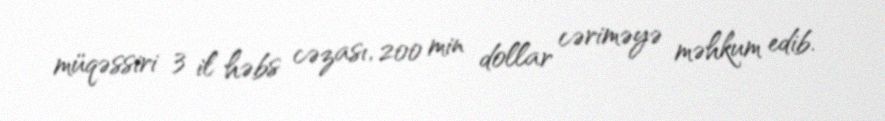
müqəssiri 3 il həbs cəzası, 200 min dollar cəriməyə məhkum edib.